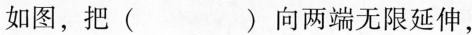
如图，把()向两端无限延伸，